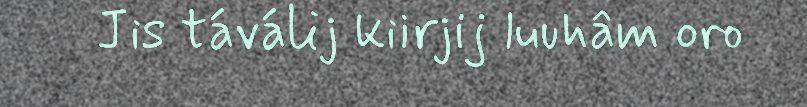
Jis táválij kiirjij luuhâm oro